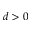
d > 0